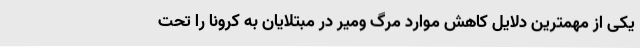
یکی از مهمترین دلایل کاهش موارد مرگ ومیر در مبتلایان به کرونا را تحت